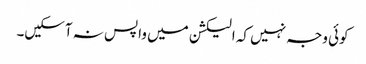
کوئی وجہ نہیں کہ الیکشن میں واپس نہ آسکیں۔